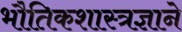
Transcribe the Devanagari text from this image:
भौतिकशास्त्रज्ञाने